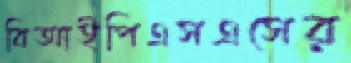
বিআইপিএসএসের